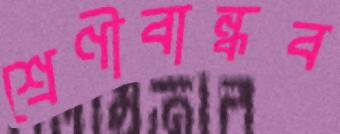
শ্রেণীবান্ধব